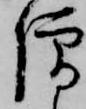
僧